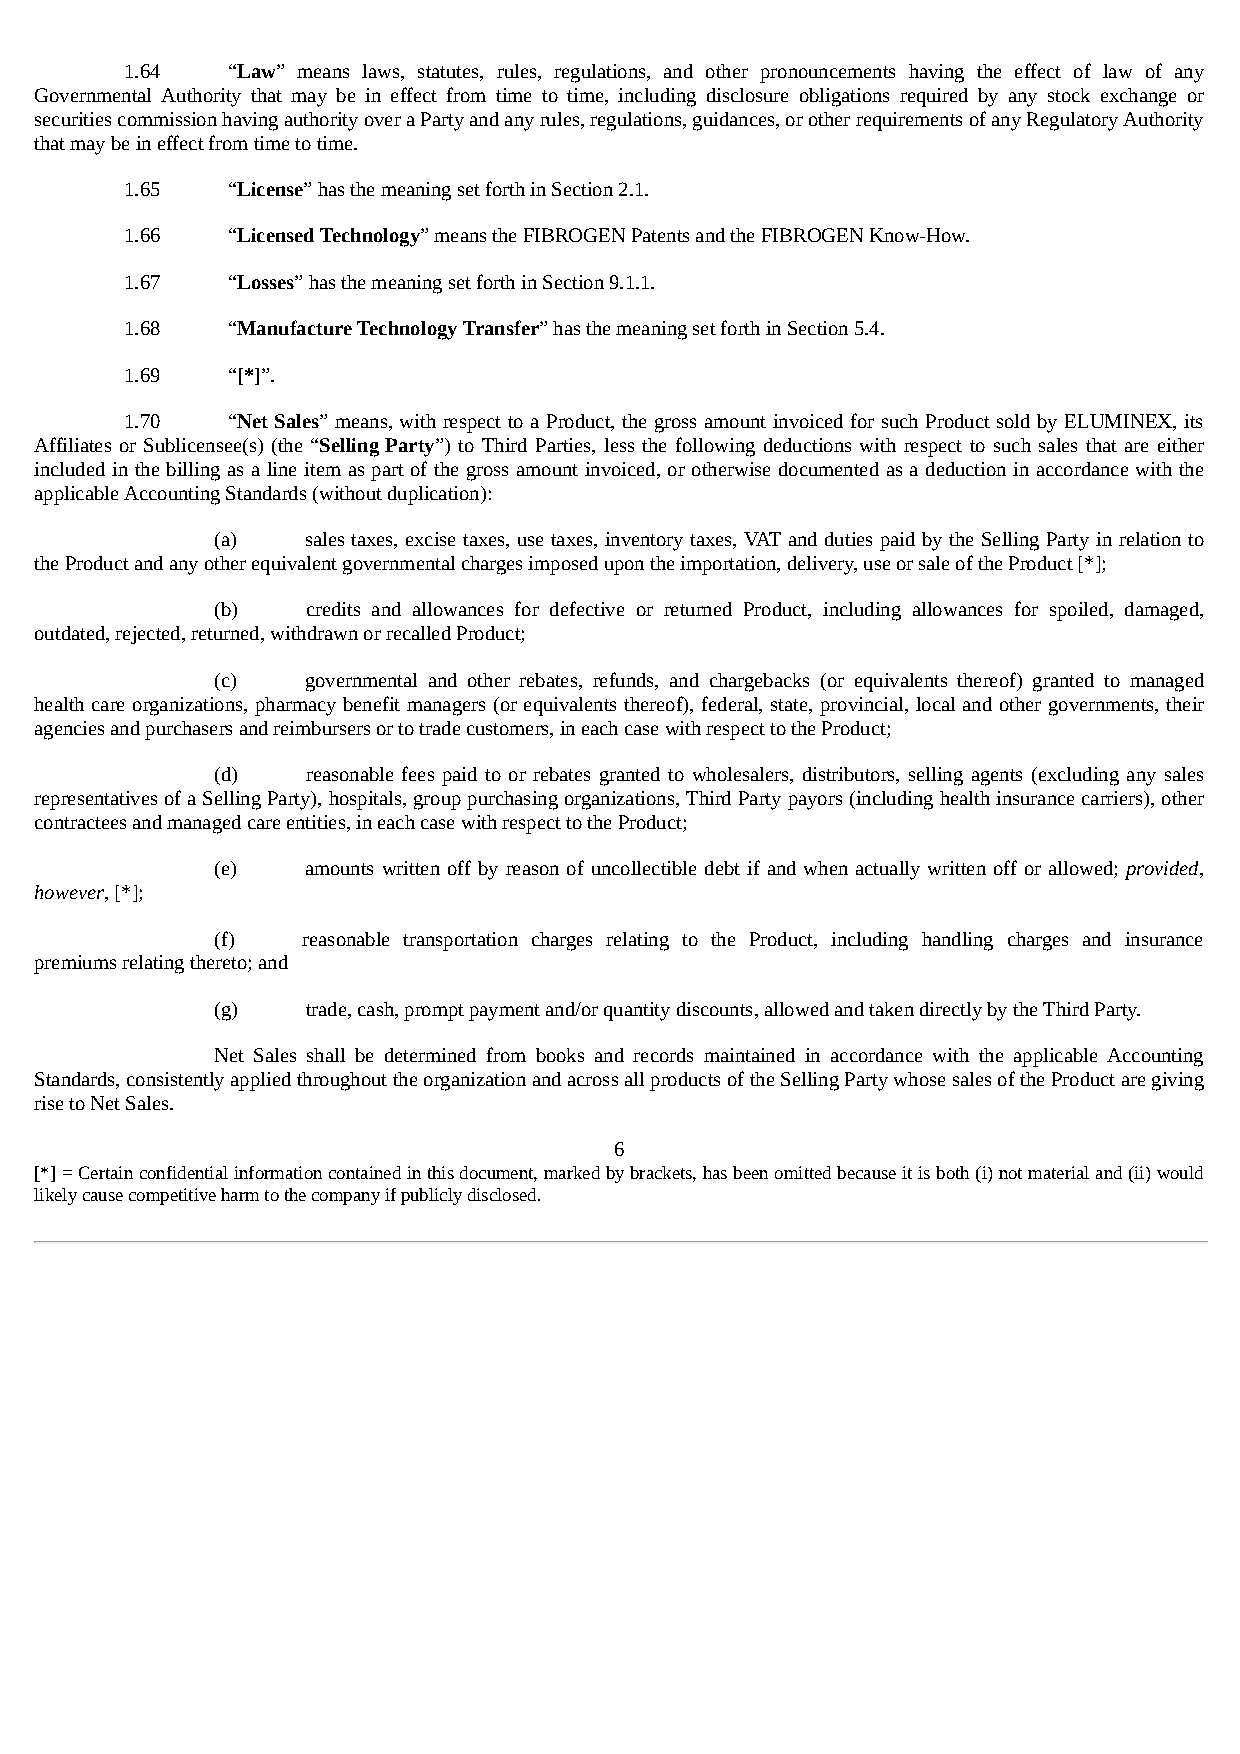
1.64   “Law” means laws, statutes, rules, regulations, and other pronouncements having the effect of law of any
 Governmental Authority that may be in effect from time to time, including disclosure obligations required by any stock exchange or
 securities commission having authority over a Party and any rules, regulations, guidances, or other requirements of any Regulatory Authority
 that may be in effect from time to time.
 1.65   “License” has the meaning set forth in Section 2.1.
 1.66   “Licensed Technology” means the FIBROGEN Patents and the FIBROGEN Know-How.
 1.67   “Losses” has the meaning set forth in Section 9.1.1.
 1.68   “Manufacture Technology Transfer” has the meaning set forth in Section 5.4.
 1.69   “[*]”.
 1.70   “Net Sales” means, with respect to a Product, the gross amount invoiced for such Product sold by ELUMINEX, its
 Affiliates or Sublicensee(s) (the “Selling Party”) to Third Parties, less the following deductions with respect to such sales that are either
 included in the billing as a line item as part of the gross amount invoiced, or otherwise documented as a deduction in accordance with the
 applicable Accounting Standards (without duplication):
 (a)   sales taxes, excise taxes, use taxes, inventory taxes, VAT and duties paid by the Selling Party in relation to
 the Product and any other equivalent governmental charges imposed upon the importation, delivery, use or sale of the Product [*];
 (b)   credits and allowances for defective or returned Product, including allowances for spoiled, damaged,
 outdated, rejected, returned, withdrawn or recalled Product;
 (c)   governmental and other rebates, refunds, and chargebacks (or equivalents thereof) granted to managed
 health care organizations, pharmacy benefit managers (or equivalents thereof), federal, state, provincial, local and other governments, their
 agencies and purchasers and reimbursers or to trade customers, in each case with respect to the Product;
 (d)   reasonable fees paid to or rebates granted to wholesalers, distributors, selling agents (excluding any sales
 representatives of a Selling Party), hospitals, group purchasing organizations, Third Party payors (including health insurance carriers), other
 contractees and managed care entities, in each case with respect to the Product;
 (e)   amounts written off by reason of uncollectible debt if and when actually written off or allowed; provided,
 however, [*];
 (f)   reasonable transportation charges relating to the Product, including handling charges and insurance
 premiums relating thereto; and
 (g)   trade, cash, prompt payment and/or quantity discounts, allowed and taken directly by the Third Party.
 Net Sales shall be determined from books and records maintained in accordance with the applicable Accounting
 Standards, consistently applied throughout the organization and across all products of the Selling Party whose sales of the Product are giving
 rise to Net Sales.
 6
 [*] = Certain confidential information contained in this document, marked by brackets, has been omitted because it is both (i) not material and (ii) would
 likely cause competitive harm to the company if publicly disclosed.